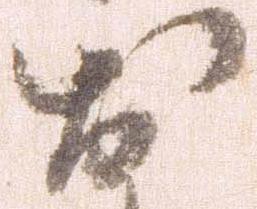
お